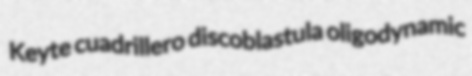
Keyte cuadrillero discoblastula oligodynamic